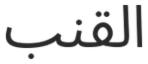
القنب